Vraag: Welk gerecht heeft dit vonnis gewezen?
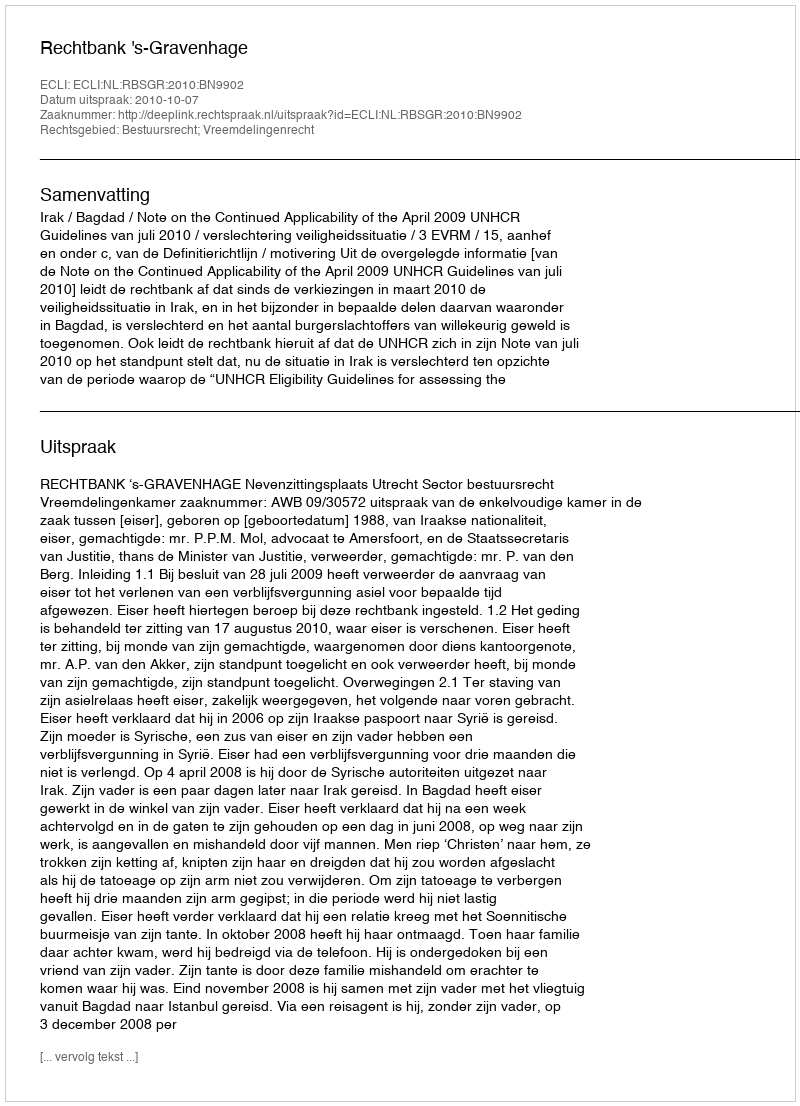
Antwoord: Rechtbank 's-Gravenhage